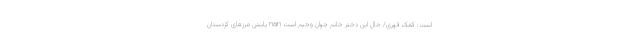
است: کمک فوری/ حال این دختر خانم جوان وخیم است nan پایش مرزهای کردستان